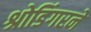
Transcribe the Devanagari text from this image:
श्रोडिंगरने